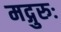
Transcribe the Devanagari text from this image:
मद्गुरुः